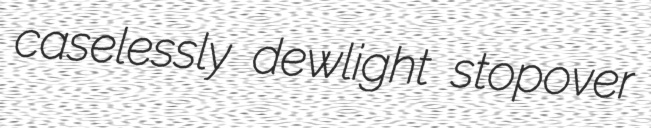
caselessly dewlight stopover